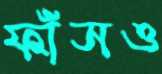
ফাঁসও